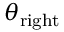
\theta _ { \mathrm { r i g h t } }